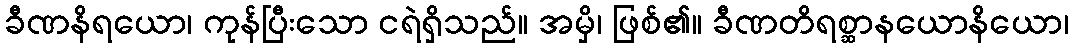
ခီဏနိရယော၊ ကုန်ပြီးသော ငရဲရှိသည်။ အမှိ၊ ဖြစ်၏။ ခီဏတိရစ္ဆာနယောနိယော၊